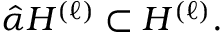
\hat { \alpha } { \cal H } ^ { ( \ell ) } \subset { \cal H } ^ { ( \ell ) } .